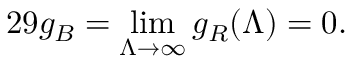
2 9 g _ { B } = \operatorname * { l i m } _ { \Lambda \rightarrow \infty } g _ { R } ( \Lambda ) = 0 .